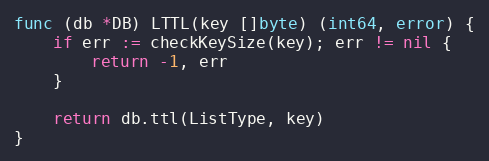
Language: Go
func (db *DB) LTTL(key []byte) (int64, error) {
	if err := checkKeySize(key); err != nil {
		return -1, err
	}

	return db.ttl(ListType, key)
}